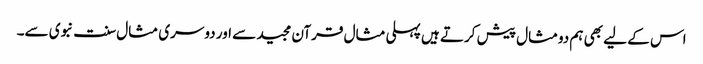
اس کے لیے بھی ہم دومثال پیش کرتے ہیں پہلی مثال قرآن مجید سے اور دوسری مثال سنت نبوی سے۔